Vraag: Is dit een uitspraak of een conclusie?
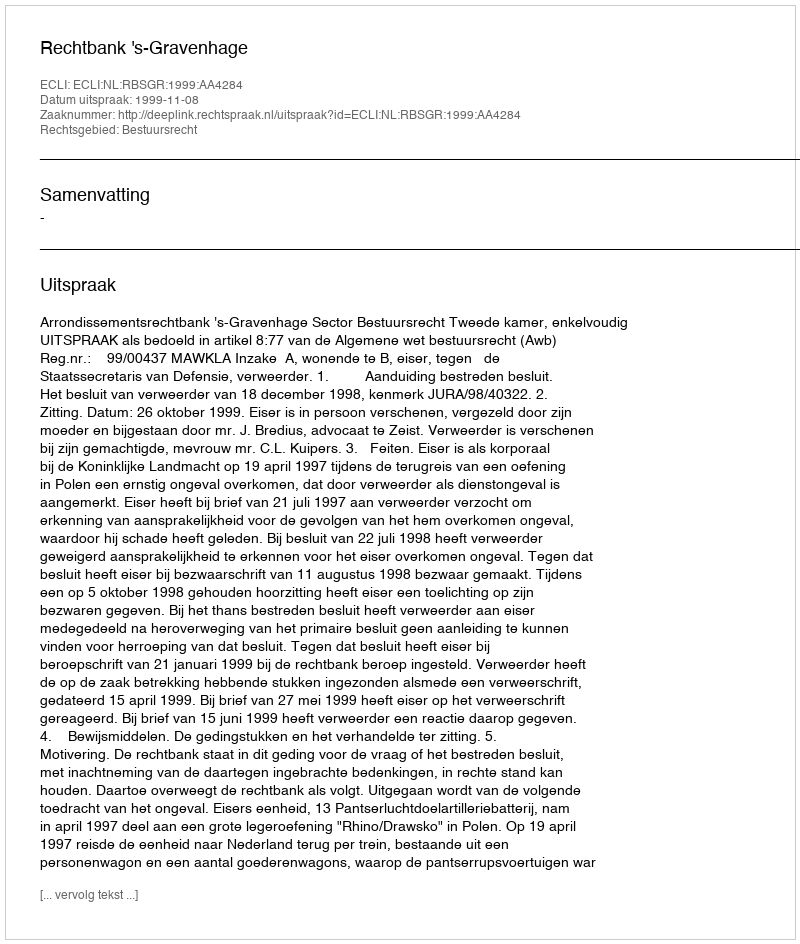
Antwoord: Uitspraak